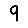
Digit: 9